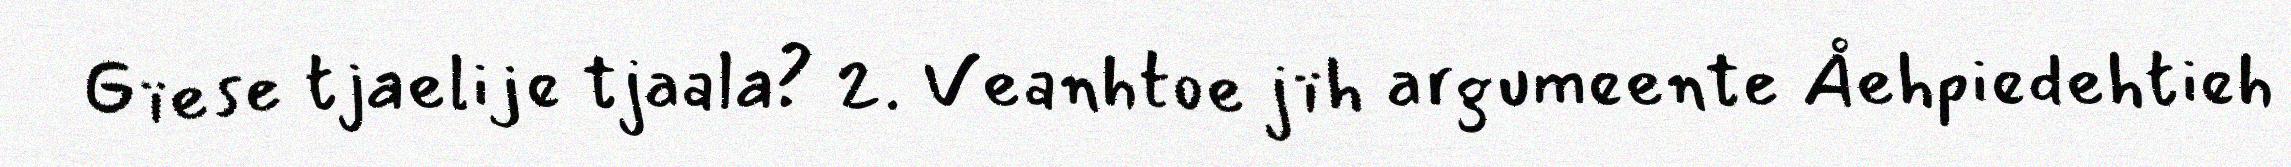
Gïese tjaelije tjaala? 2. Veanhtoe jïh argumeente Åehpiedehtieh